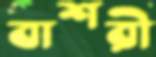
বাশরী